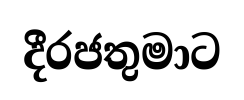
දීරජතුමාට